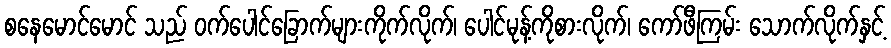
စနေမောင်မောင် သည် ဝက်ပေါင်ခြောက်များကိုက်လိုက်၊ ပေါင်မုန့်ကိုစားလိုက်၊ ကော်ဖီကြမ်း သောက်လိုက်နှင့်